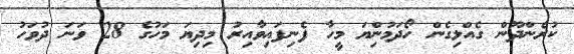
ކުރެންދޫން ގެއްލިގެން ހޯދަމުންިޔަ މީހާ ފެނިފައިވާއިރު މިދިޔަ މަހުގެ 28 ވަނަ ދުވަހު